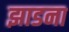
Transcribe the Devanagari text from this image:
झाडना